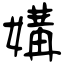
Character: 媾